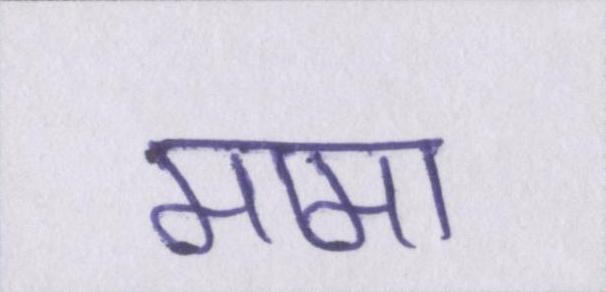
मामा